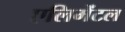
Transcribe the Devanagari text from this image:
एलिमेंटल